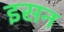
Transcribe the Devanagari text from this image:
इसन